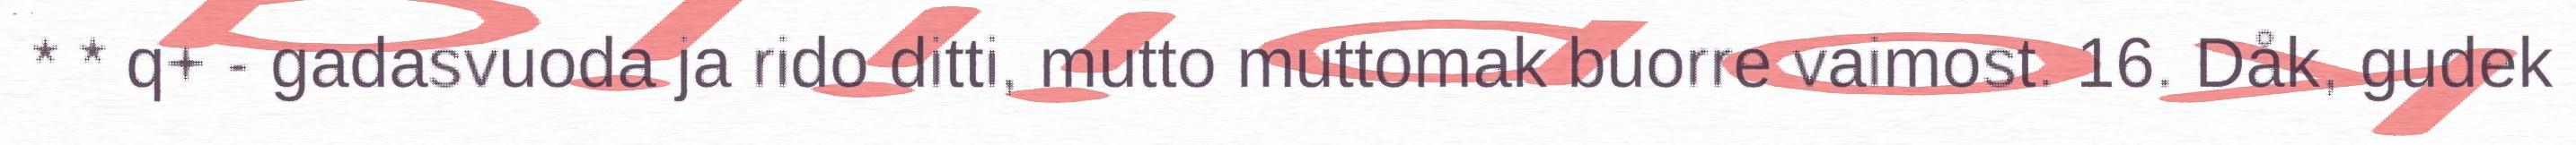
* * q+ - gadasvuoda ja rido ditti, mutto muttomak buorre vaimost. 16. Dåk, gudek